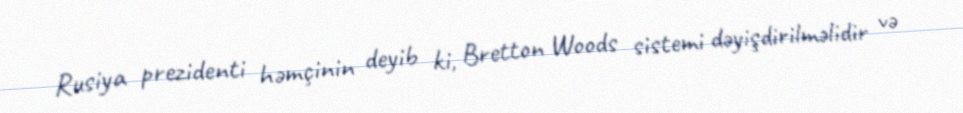
Rusiya prezidenti həmçinin deyib ki, Bretton Woods sistemi dəyişdirilməlidir və